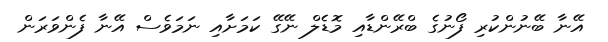
އޭނާ ބޭނުންކުރި ފޯނުގެ ބްރޭންޑާއި މޮޑެލް ނޭގޭ ކަމަށާއި ނަމަވެސް އޭނާ ފެންވަރަން